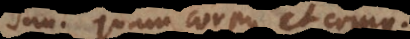
unt quam corpus et corpus